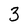
Character: 3